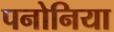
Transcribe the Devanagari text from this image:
पनोनिया